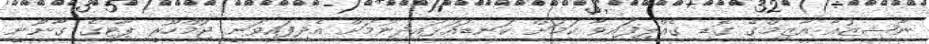
ނާޝިޒުއާ އާޒިމްގެ ގޮޑި ގެއްލިފައިވާ ކަމަށް ކަނޑައަޅައިދިނުމަށް އެދިފައިވަނީ ޖުމްހޫރީ ޕާޓީގެ ގާނޫނީ